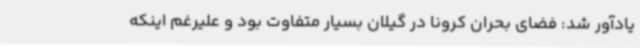
یادآور شد: فضای بحران کرونا در گیلان بسیار متفاوت بود و علیرغم اینکه